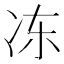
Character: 冻